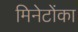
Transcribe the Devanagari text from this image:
मिनेटोंका